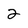
Character: 2